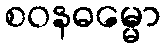
စဝနဓမ္မော